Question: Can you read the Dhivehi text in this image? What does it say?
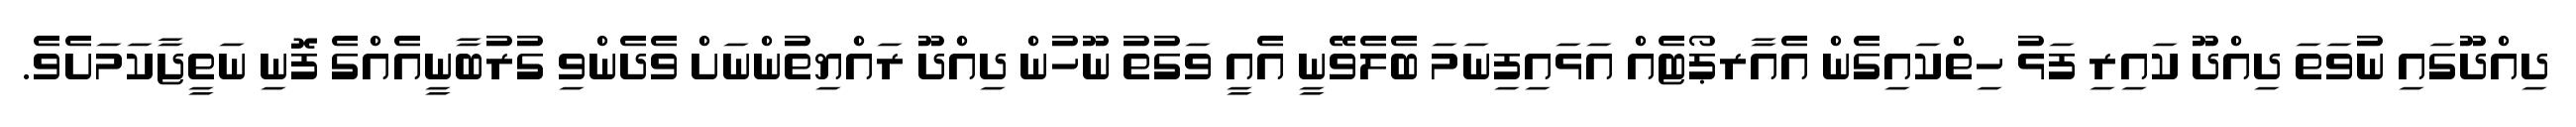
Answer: ދިއްދޫގައި ނުވަތަ ދިއްދޫ ކައިރި ފަޅު ހިތްކައިގެން އެއާރޕޯޓެއް އަޅައިފިނަމަ ބެލެވޭނީ އެއީ ވަގުތު ނޫހުން ދިއްދޫ ރައްޔިތުންނަށް ވެދެންވި ގުރުބާނީއެއްގެ ފޮނި ނަތީޖާކަމަށެވެ.